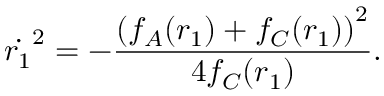
\dot { r _ { 1 } } ^ { 2 } = - \frac { \left( f _ { A } ( r _ { 1 } ) + f _ { C } ( r _ { 1 } ) \right) ^ { 2 } } { 4 f _ { C } ( r _ { 1 } ) } .